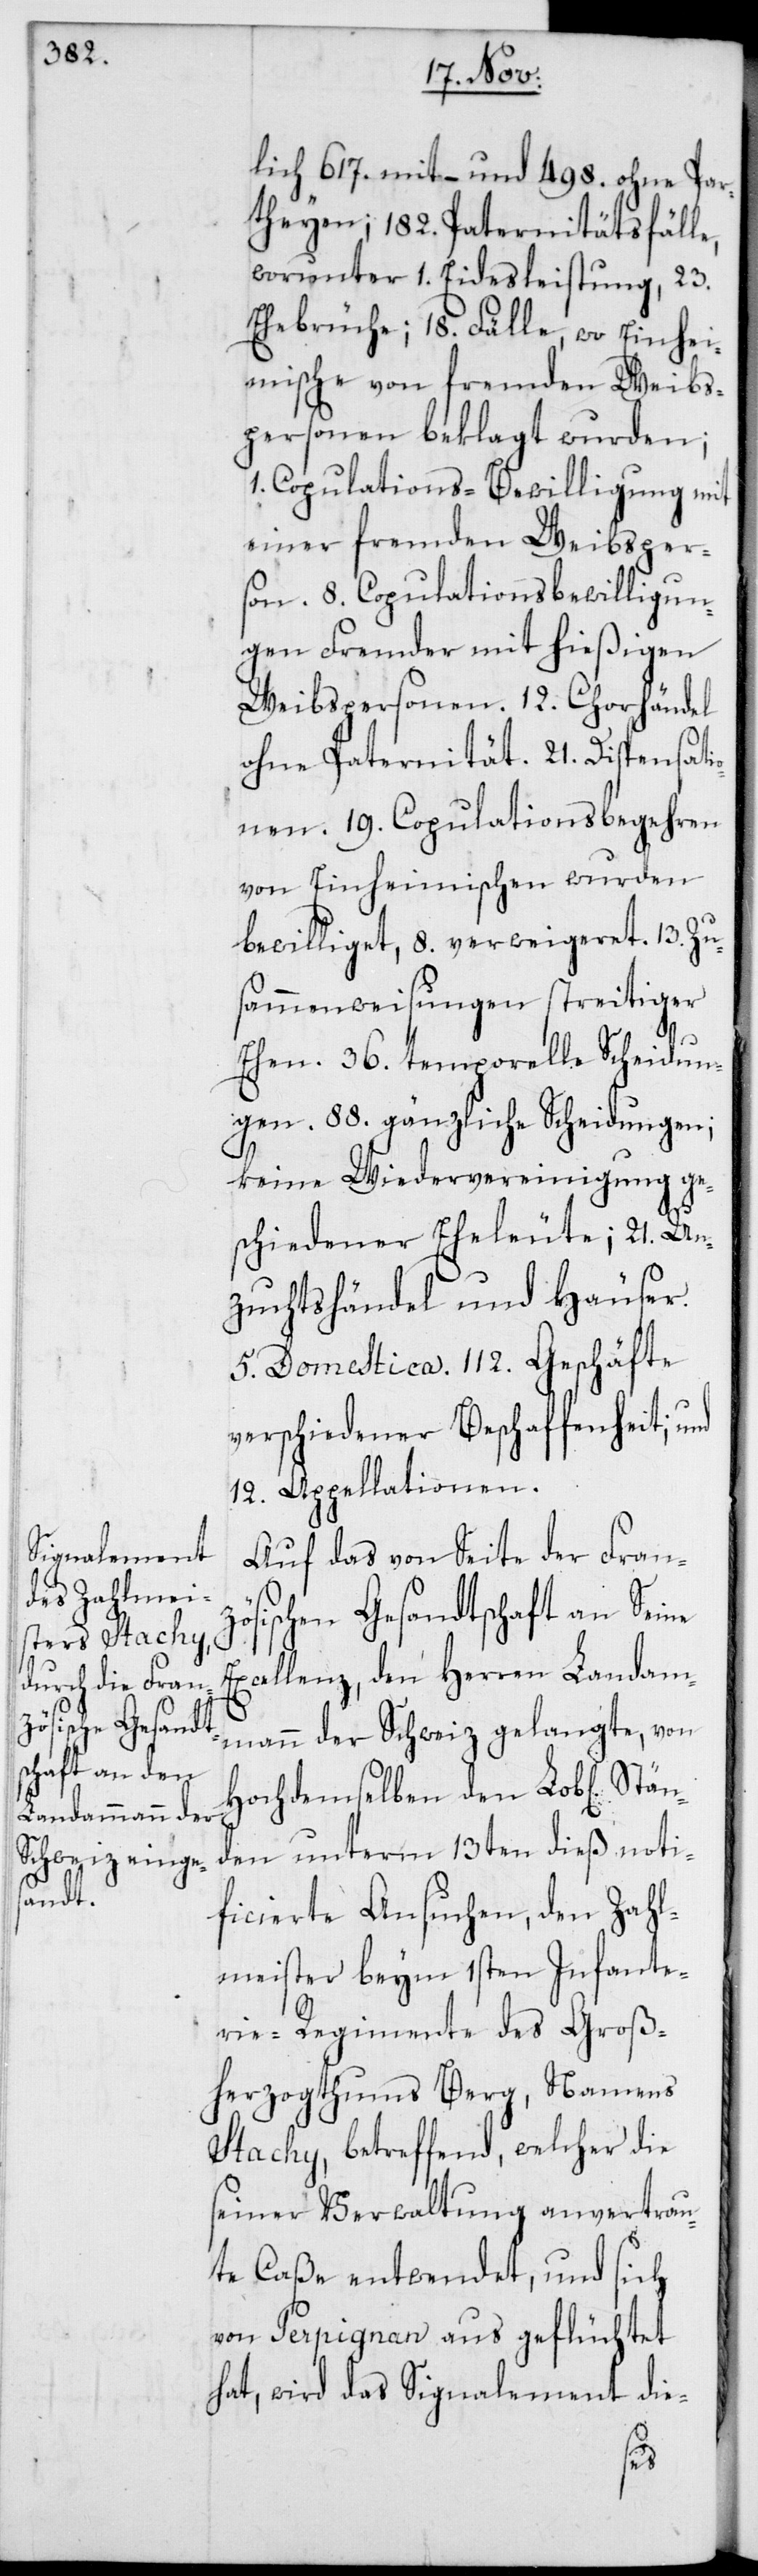
lich 617. mit – und 498. ohne Par¬
theyen; 182. Paternitätsfälle,
worunter 1. Eidesleistung, 23.
Ehebrüche; 18. Fälle, wo Einhei¬
mische von fremden Weibs¬
personen beklagt wurden;
1. Copulationsbewilligung mit
einer fremden Weibspers¬
on. 8. Copulations-Bewilligun¬
gen Fremder mit hießigen
Weibspersonen. 12. Chorhändel
ohne Paternität. 21. Dispensat¬
nen. 19. Copulationsbegehren
von Einheimischen wurden
bewilliget, 8. verweigeret. 13. Zu¬
sammenweisungen streitiger
Ehen. 36. temporelle Scheidun¬
gen. 88. gänzliche Scheidungen;
keine Wiedervereinigung ge¬
schiedener Eheleute; 21. Un¬
zuchtshändel und Häuser.
5. Domestica. 112. Geschäfte
verschiedener Beschaffenheit; und
12. Appellationen.
Auf das von Seite der Franz¬
ösischen Gesandtschaft an Seine
Excellenz, den Herren Landam¬
mann der Schweiz gelangte, von
Hochdemselben den Lob[lichen]
den unterm 13ten dieß noti¬
ficierte Ansuchen, den Zahl¬
meister beym 1sten Infante¬
rie-Regimente des Groß¬
herzogthums Berg, Namens
Stachy, betreffend, welcher die
seiner Verwaltung anvertrau¬
te Caße entwendet, und sich
von Perpignan aus geflüchtet
hat, wird das Signalement die-
än¬